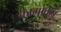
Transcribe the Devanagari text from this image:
कामोवेश